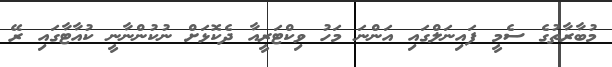
މުބާރާތުގެ ސެމީ ފައިނަލްގައި އަންނަ މަހު ވިކްޓަރީއާ ދެކޮޅަށް ނުކުންނާނީ ކުއާޓާގައި ރޭ